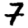
Digit: 7